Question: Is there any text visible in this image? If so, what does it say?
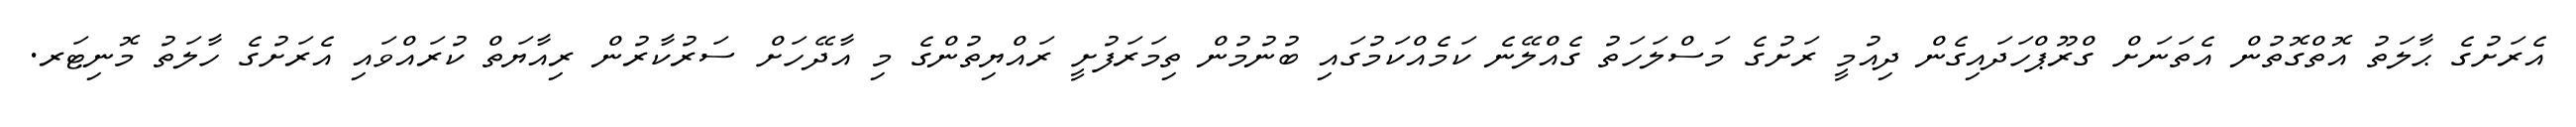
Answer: އެރަށުގެ ޙާލަތު އޮތްގޮތުން އެތަނަށް ގްރޫޕްހަދައިގެން ދިއުމީ ރަށުގެ މަސްލަހަތު ގެއްލޭނެ ކަމެއްކަމުގައި ބުނުމުން ތިމަރަފުށީ ރައްޔިތުންގެ މި އާދޭހަށް ސަރުކާރުން ރިއާޔަތް ކުރައްވައި އެރަށުގެ ހާލަތު މޮނިޓަރ.